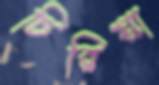
চিরিয়া